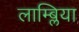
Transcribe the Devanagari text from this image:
लाम्ब्लिया